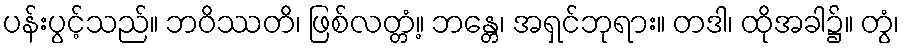
ပန်းပွင့်သည်။ ဘဝိဿတိ၊ ဖြစ်လတ္တံ့။ ဘန္တေ၊ အရှင်ဘုရား။ တဒါ၊ ထိုအခါ၌။ တွံ၊